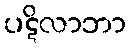
ပဋိလာဘာ